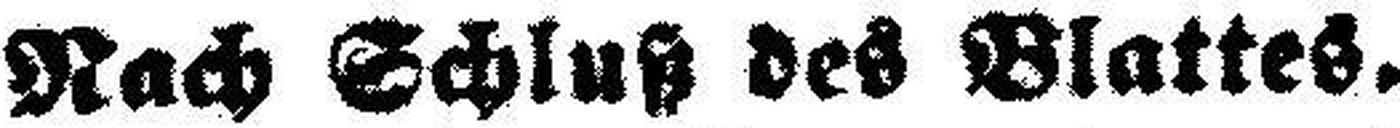
Nach Schluß des Blattes.